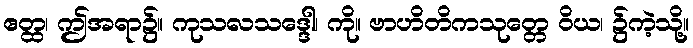
ဧတ္ထ၊ ဤအရာ၌။ ကုသလသဒ္ဒေါ၊ ကို။ ဗာဟိတိကသုတ္တေ ဝိယ၊ ၌ကဲ့သို့။